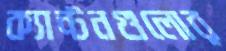
ক্যান্টনগুলোর